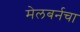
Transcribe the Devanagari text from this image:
मेलबर्नचा